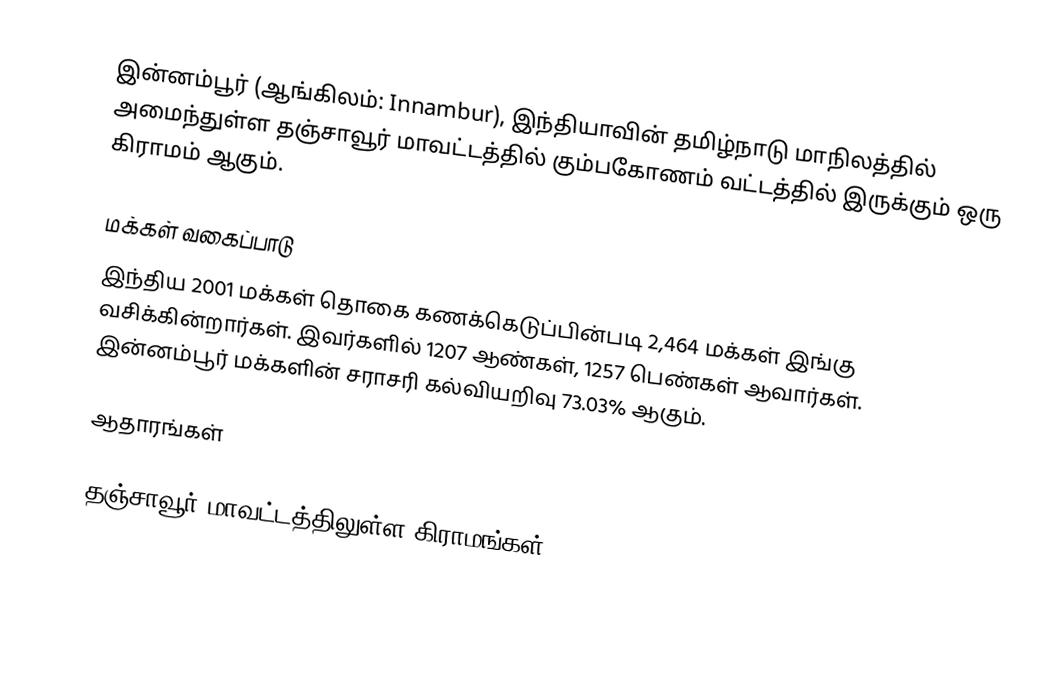
இன்னம்பூர்  (ஆங்கிலம்: Innambur), இந்தியாவின் தமிழ்நாடு மாநிலத்தில் அமைந்துள்ள தஞ்சாவூர் மாவட்டத்தில்  கும்பகோணம் வட்டத்தில் இருக்கும் ஒரு கிராமம் ஆகும்.

மக்கள் வகைப்பாடு
இந்திய 2001 மக்கள் தொகை கணக்கெடுப்பின்படி 2,464 மக்கள் இங்கு வசிக்கின்றார்கள். இவர்களில் 1207 ஆண்கள், 1257 பெண்கள் ஆவார்கள். இன்னம்பூர் மக்களின் சராசரி கல்வியறிவு 73.03% ஆகும்.

ஆதாரங்கள்

தஞ்சாவூர் மாவட்டத்திலுள்ள கிராமங்கள்